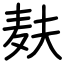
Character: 麸